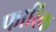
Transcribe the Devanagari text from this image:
फारिक